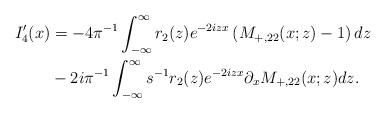
LaTeX: \begin{align*}\begin{aligned}I_4^{\prime}(x)&=-4\pi^{-1} \int_{-\infty}^{\infty}r_2(z) e^{-2 i z x}\left(M_{+,22}(x;z)-1\right) dz\\&-2i\pi^{-1}\int_{-\infty}^{\infty} s^{-1} r_2(z) e^{-2 i z x} \partial_{x} M_{+,22}(x ; z) dz. \end{aligned}\end{align*}